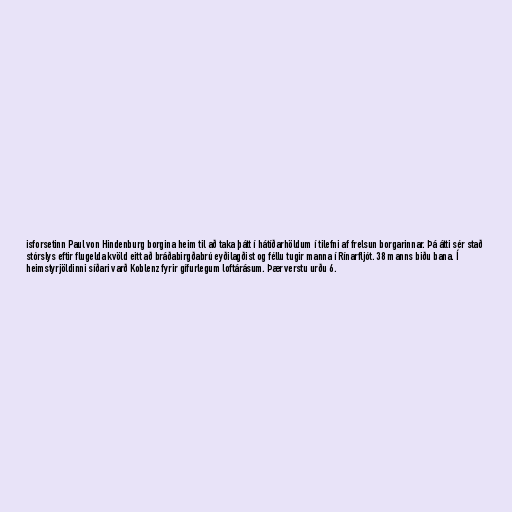
isforsetinn Paul von Hindenburg borgina heim til að taka þátt í hátíðarhöldum í tilefni af frelsun borgarinnar. Þá átti sér stað
stórslys eftir flugelda kvöld eitt að bráðabirgðabrú eyðilagðist og féllu tugir manna í Rínarfljót. 38 manns biðu bana. Í
heimstyrjöldinni síðari varð Koblenz fyrir gífurlegum loftárásum. Þær verstu urðu 6.